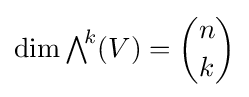
\dim {\textstyle \bigwedge }^{\!k}(V)={\binom {n}{k}}